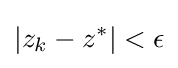
|z_{k}-z^{*}|<\epsilon